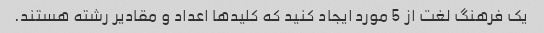
یک فرهنگ لغت از 5 مورد ایجاد کنید که کلیدها اعداد و مقادیر رشته هستند.